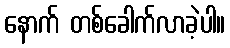
နောက် တစ်ခေါက်လာခဲ့ပါ။